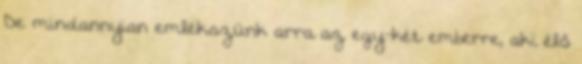
De mindannyian emlékszünk arra az egy-két emberre, aki élő